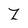
Character: Z